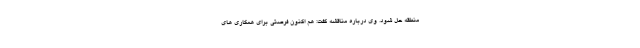
منطقه حل شود. وی درباره مناقشه گفت: هم اکنون فرصتی برای همکاری های